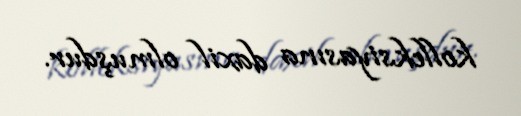
kolleksiyasına daxil olmuşdur.